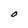
Character: O